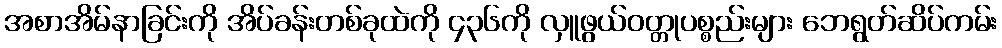
အစာအိမ်နာခြင်းကို အိပ်ခန်းတစ်ခုထဲကို ၄၃၆ကို လှူဖွယ်ဝတ္တုပစ္စည်းများ ဘေရွတ်ဆိပ်ကမ်း